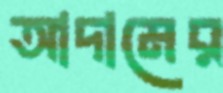
আদামের